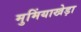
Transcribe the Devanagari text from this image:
मुमिंयाखेड़ा